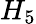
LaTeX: H_{5}